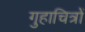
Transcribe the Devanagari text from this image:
गुहाचित्रों